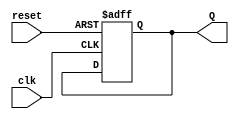
module johnson_counter #(parameter N = 2) (
    input clk,            // Clock signal
    input reset,          // Asynchronous reset
    output reg [N-1:0] Q // Output state of the Johnson counter
);

    always @(posedge clk or posedge reset) begin
        if (reset) begin
            // Initialize counter to 0 on reset
            Q <= 0;
        end else begin
            // Perform the Johnson counter shift operation
            Q <= {~Q[N-1], Q[N-1:N-2]}; // Shift and feed back inverted last bit
        end
    end

endmodule